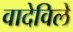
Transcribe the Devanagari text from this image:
वादेविले